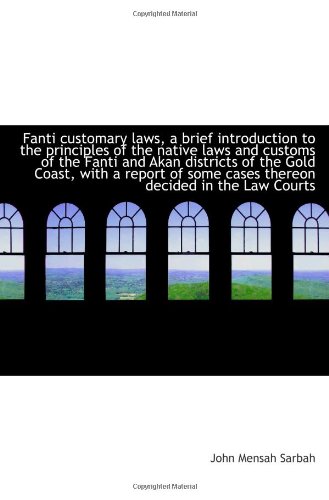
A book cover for Fanti customary laws, a brief introduction to the principles of the native laws and customs of the F; John Mensah Sarbah; Law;